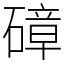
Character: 𥕞